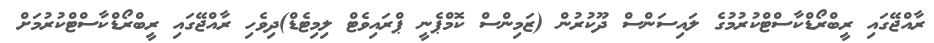
ރާއްޖޭގައި ރީބްރޯޑްކާސްޓްކުރުމުގެ ލައިސަންސް ދޫކުރުން (ޒަމިންސް ކޮމްޕެނީ ޕްރައިވެޓް ލިމިޓެޑް)ދިވެހި ރާއްޖޭގައި ރީބްރޯޑްކާސްޓްކުރުމަށް